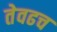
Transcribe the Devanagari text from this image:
तेवढच